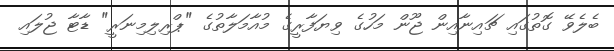
ބެލެވޭ ގޮތުގައި ޗައިނާއިން ޖޫން މަހުގެ ވިޔަފާރީގެ މުއާމަލާތުގެ "ޕްރިލިމިނަރީ" ޑާޓާ ޖުލައި